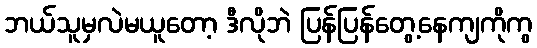
ဘယ်သူမှလဲမယူတော့ ဒီလိုဘဲ ပြန်ပြန်တွေ့နေကျကိုကွ